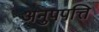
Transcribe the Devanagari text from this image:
अनुपपत्ति